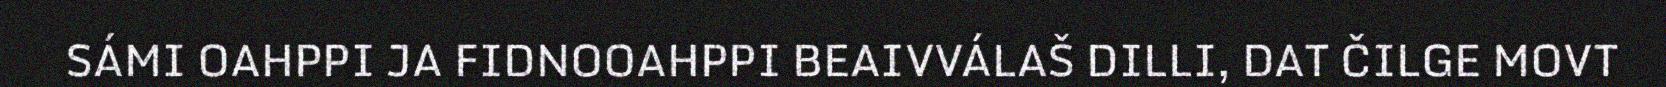
SÁMI OAHPPI JA FIDNOOAHPPI BEAIVVÁLAŠ DILLI, DAT ČILGE MOVT